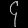
Digit: ၄